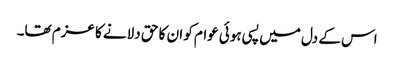
اس کے دل میں پسی ہوئی عوام کو ان کا حق دلانے کا عزم تھا۔